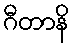
ဂီတာနိ